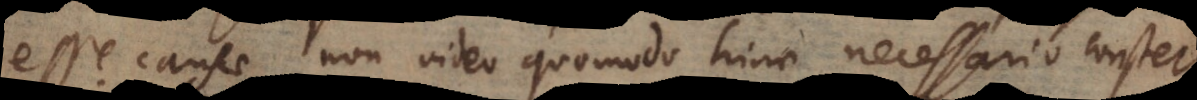
esse causae non video quomodo hinc necessario constet